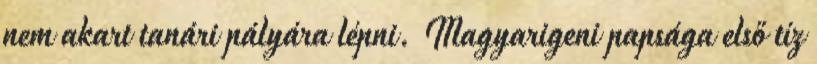
nem akart tanári pályára lépni. Magyarigeni papsága első tíz